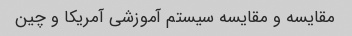
مقایسه و مقایسه سیستم آموزشی آمریکا و چین